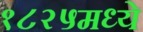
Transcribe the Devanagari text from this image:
१८२५मध्ये